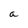
Character: a